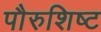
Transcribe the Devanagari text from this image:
पौरुशिष्ट